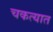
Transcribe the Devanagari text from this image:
चकत्यात